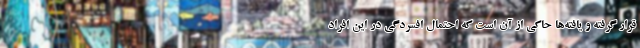
قرار گرفته و یافته‌ها حاکی از آن است که احتمال افسردگی در این افراد